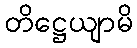
တိဋ္ဌေယျာမိ